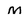
Character: M